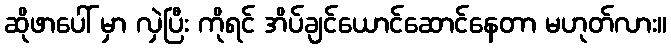
ဆိုဖာပေါ် မှာ လှဲပြီး ကိုရင် အိပ်ချင်ယောင်ဆောင်နေတာ မဟုတ်လား။